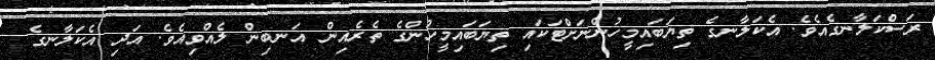
ރަސްކަލާނގެއެވެ. އެކަލާނގެ ތިޔަބައިމީހުންނަށްޓަކައި ތިޔަބައިމީހުންގެ ތެރެއިން އަނބިން ލެއްވިއެވެ. އަދި އެކަލާނގެ